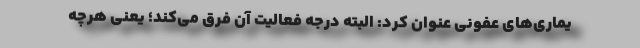
یماری‌های عفونی عنوان کرد: البته درجه فعالیت آن فرق می‌کند؛ یعنی هرچه‌